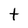
Character: t